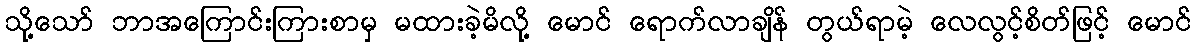
သို့သော် ဘာအကြောင်းကြားစာမှ မထားခဲ့မိလို့ မောင် ရောက်လာချိန် တွယ်ရာမဲ့ လေလွင့်စိတ်ဖြင့် မောင်